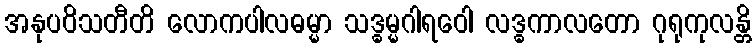
အနုပဝိသတီတိ လောကပါလဓမ္မာ သဒ္ဓမ္မဂါရဝေါ လဒ္ဓကာလတော ဂုရုကုလန္တိ